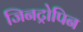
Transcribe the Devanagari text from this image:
जिनट्रोपिन